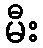
မီး